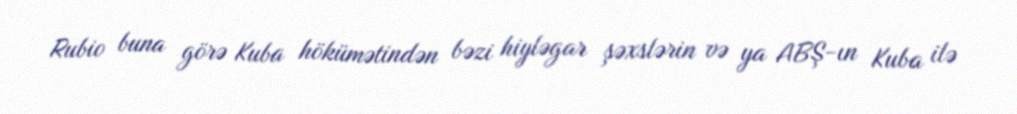
Rubio buna görə Kuba hökümətindən bəzi hiyləgar şəxslərin və ya ABŞ-ın Kuba ilə